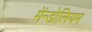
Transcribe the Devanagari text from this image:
मेंन्डोलियम